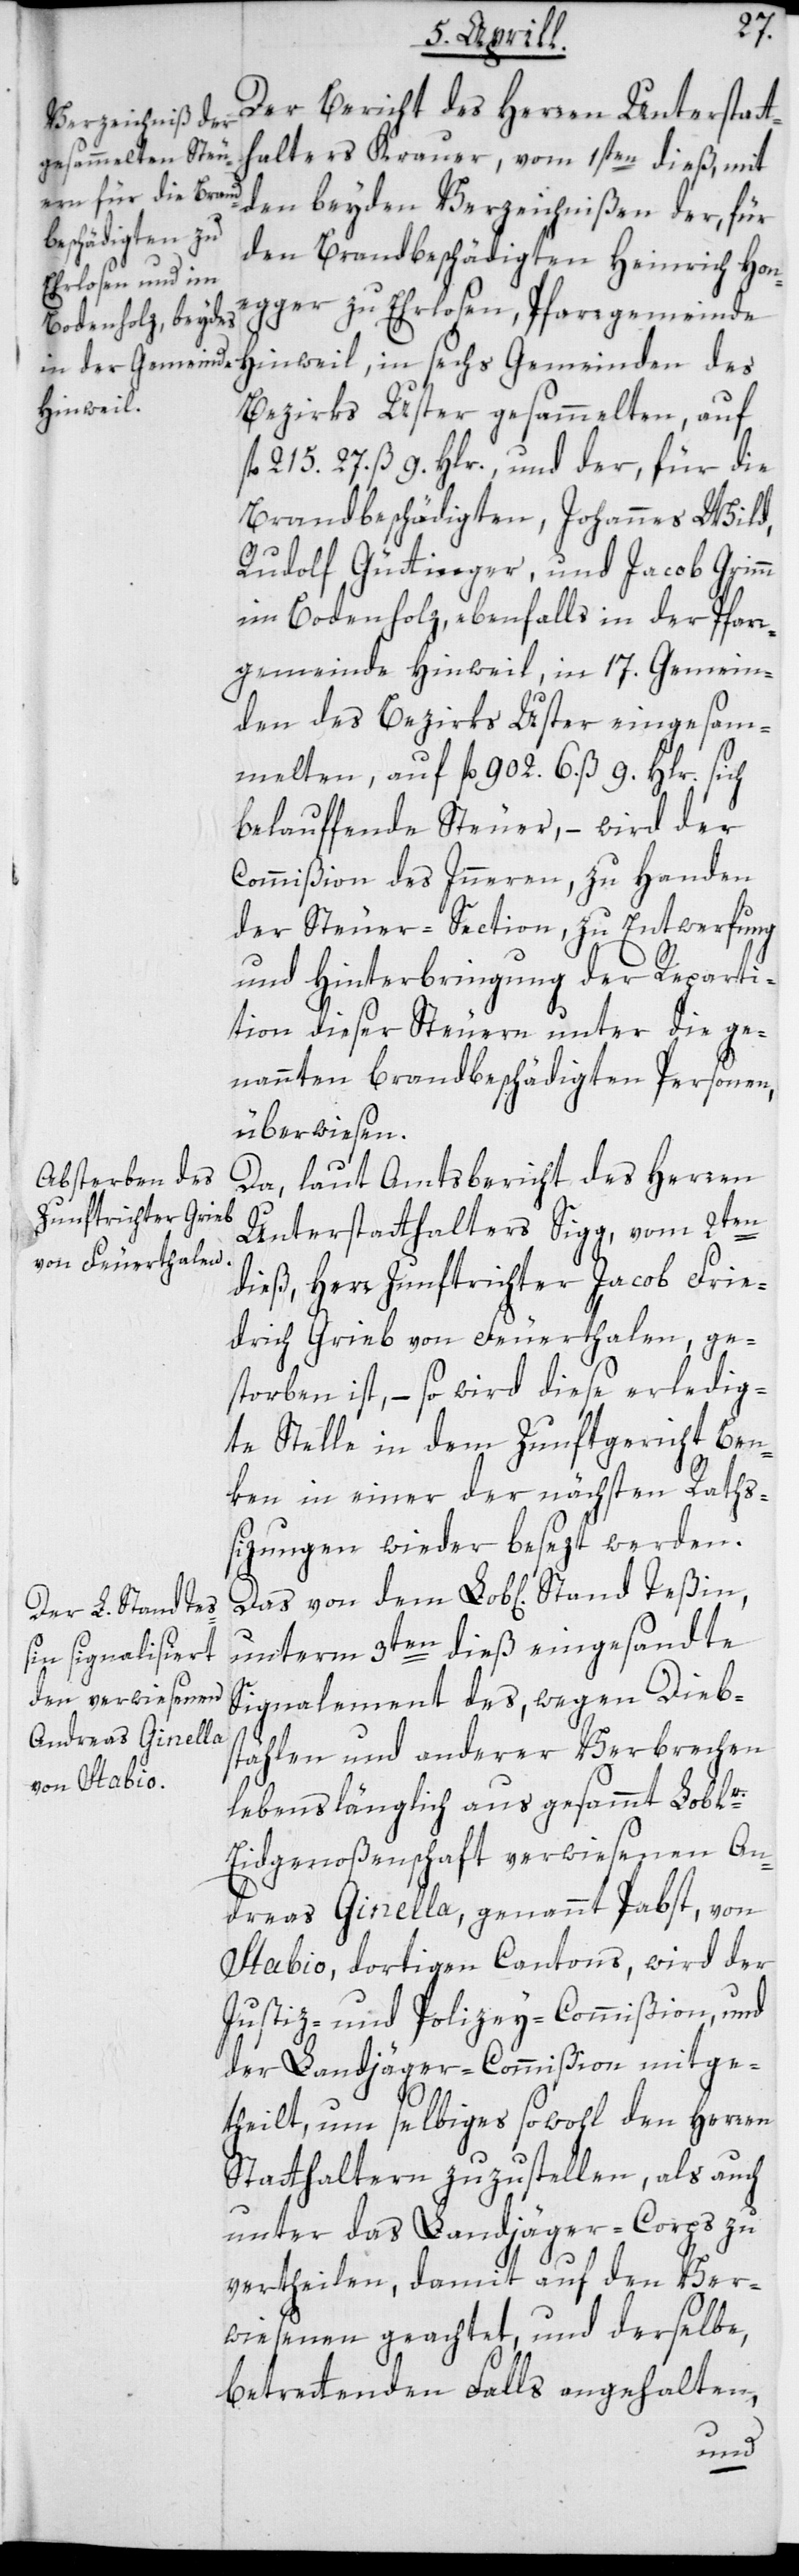
Der Bericht des Herren Unterstatt¬
halters Krauer, vom 1sten dieß, mit
den beyden Verzeichnißen der, für
den Brandbeschädigten Heinrich Hon¬
egger zu Ehrlosen, Pfarrgemeinde
Hinweil, in sechs Gemeinden des
Bezirks Uster gesammelten, auf
fl. 215. 27. ß 9. Hlr.; und der, für die
Brandbeschädigten, Johannes Wild,
Rudolf Güttinger, und Jacob Grimm
im Bodenholz, ebenfalls in der Pfarr¬
gemeinde Hinweil, in 17. Gemein¬
den des Bezirks Uster eingesam¬
melten, auf fl. 902. 6. ß 9. Hlr. sich
belauffende Steuer, – wird der
Commißion des Innern zu Handen
der Steuer-Section, zu Entwerfung
und Hinterbringung der Reparti¬
tion dieser Steuern unter die ge¬
nannten brandbeschädigten Personen,
überwiesen.
Da laut Amtsbericht des Herren
Unterstatthalters Sigg, vom 2ten
dieß, Herr Zunftrichter Jacob Frie¬
drich Grieb von Feuerthalen, ge¬
storben ist, – so wird diese erledig¬
te Stelle in dem Zunftgericht Ben¬
ken in einer der nächsten Raths¬
sizungen wieder besezt werden.
unterm 3ten dieß eingesandte
Signalement des, wegen Dieb¬
stählen und anderer Verbrechen
lebenslänglich aus gesammt Loblr.
Eidgenoßenschaft verwiesenen An¬
dreas Ginella, genannt Pabst, von
Stabio, dortigen Cantons, wird der
Justiz- und Polizey-Commißion und
der Landjäger-Commißion mitge¬
theilt, um selbiges sowohl den Herren
Statthaltern zuzustellen, als auch
unter das Landjäger-Corps zu
vertheilen, damit auf den Ver¬
wiesenen geachtet und derselbe,
betrettenden Falls angehalten,